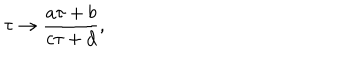
LaTeX: { \tau \to { \frac { a \tau + b } { c \tau + d } } , }